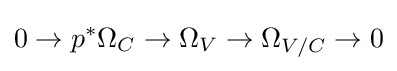
0\to p^{*}\Omega _{C}\to \Omega _{V}\to \Omega _{V/C}\to 0